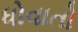
ધોવાતો